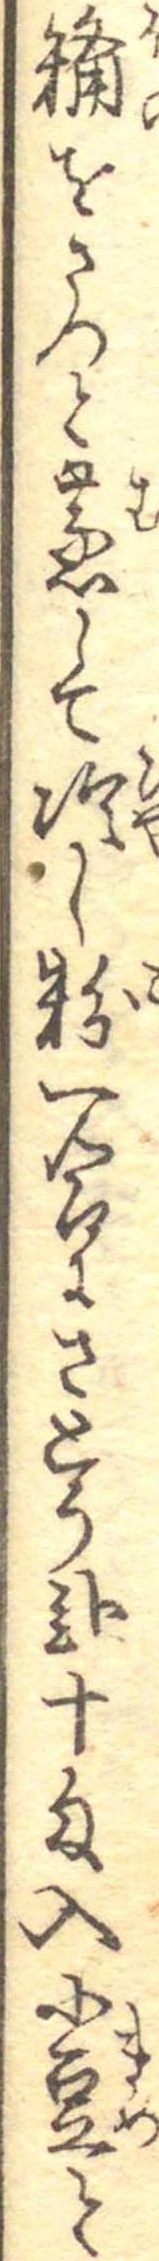
糒をさつと蒸して冷し粉一合にさとう弐十匁入小豆と